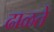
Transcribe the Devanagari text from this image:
ढाळते